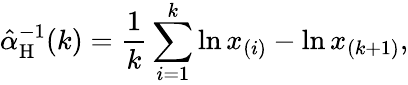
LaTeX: \hat{\alpha}_{\mathrm H}^{-1}(k)=\frac 1k\sum_{i=1}^{k}\ln x_{(i)}-\ln x_{(k+1)},